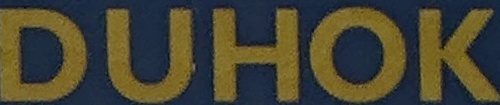
DUHOK